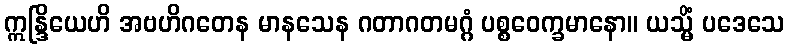
ဣန္ဒြိယေဟိ အဗဟိဂတေန မာနသေန ဂတာဂတမဂ္ဂံ ပစ္စဝေက္ခမာနော။ ယသ္မိံ ပဒေသေ